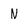
Character: N